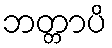
ဘတ္တာပိ